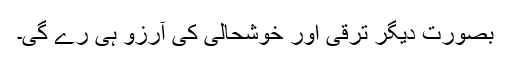
بصورتِ دیگر ترقی اور خوشحالی کی آرزو ہی رے گی۔